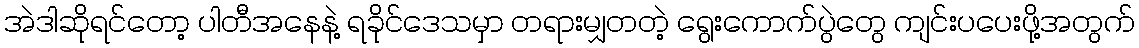
အဲဒါဆိုရင်တော့ ပါတီအနေနဲ့ ရခိုင်ဒေသမှာ တရားမျှတတဲ့ ရွေးကောက်ပွဲတွေ ကျင်းပပေးဖို့အတွက်